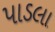
પાડલા